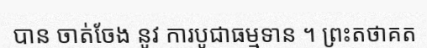
បាន ចាត់ចែង នូវ ការបូជាធម្មទាន ។ ព្រះតថាគត